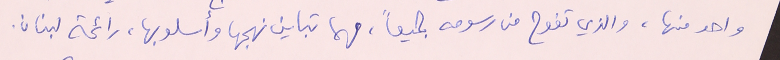
واحد منها، والذي تفوح من رسومه جميعاً، مهما تباين نهجها وأسلوبها، رائحة لبنان.